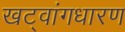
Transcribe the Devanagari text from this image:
खट्‌वांगधारण